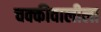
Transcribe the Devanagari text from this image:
चक्कीवालीला